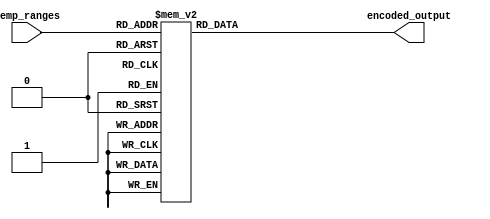
module thermal_encoder (
    input wire [3:0] temp_ranges, // 4 input signals representing temperature ranges
    output reg [1:0] encoded_output // 2-bit output for the temperature range
);

// Priority encoding logic
always @(*) begin
    case (temp_ranges)
        4'b0000: encoded_output = 2'b00; // Default output when no input is active
        4'b0001: encoded_output = 2'b00; // 0-25C
        4'b0010: encoded_output = 2'b01; // 26-50C
        4'b0100: encoded_output = 2'b10; // 51-75C
        4'b1000: encoded_output = 2'b11; // 76-100C
        4'b0011: encoded_output = 2'b00; // Both 0-25C & 26-50C active -> highest priority = 0-25C
        4'b0101: encoded_output = 2'b01; // Both 0-25C & 51-75C active -> highest priority = 0-25C
        4'b1001: encoded_output = 2'b00; // Both 0-25C & 76-100C active -> highest priority = 0-25C
        4'b0110: encoded_output = 2'b01; // Both 26-50C & 51-75C active -> highest priority = 26-50C
        4'b1010: encoded_output = 2'b10; // Both 26-50C & 76-100C active -> highest priority = 26-50C
        4'b1100: encoded_output = 2'b10; // Both 51-75C & 76-100C active -> highest priority = 51-75C
        // Add more cases for other combinations if needed, but they will default to highest priority
        default: encoded_output = 2'b00; // Default case
    endcase
end

endmodule